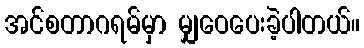
အင်စတာဂရမ်မှာ မျှဝေပေးခဲ့ပါတယ်။